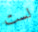
لست